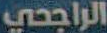
الراجحي